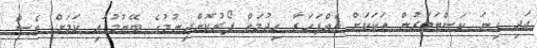
އަދި ގިނަ ކަސްޓަމަރުން ތަކަކަށް އެއްފަހަރާ ހިދުމަތް ފޯރުކޮށްދިނުމުގެ ބޭނުމުގައި ކަމަށް ވެސް